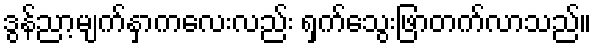
ဒွန်ညာ့မျက်နှာကလေးလည်း ရှက်သွေးဖြာတက်လာသည်။